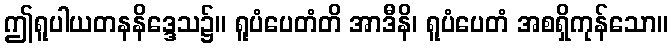
ဤရူပါယတနနိဒ္ဒေသ၌။ ရူပံပေတံတိ အာဒီနိ၊ ရူပံပေတံ အစရှိကုန်သော။